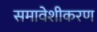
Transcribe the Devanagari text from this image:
समावेशीकरण